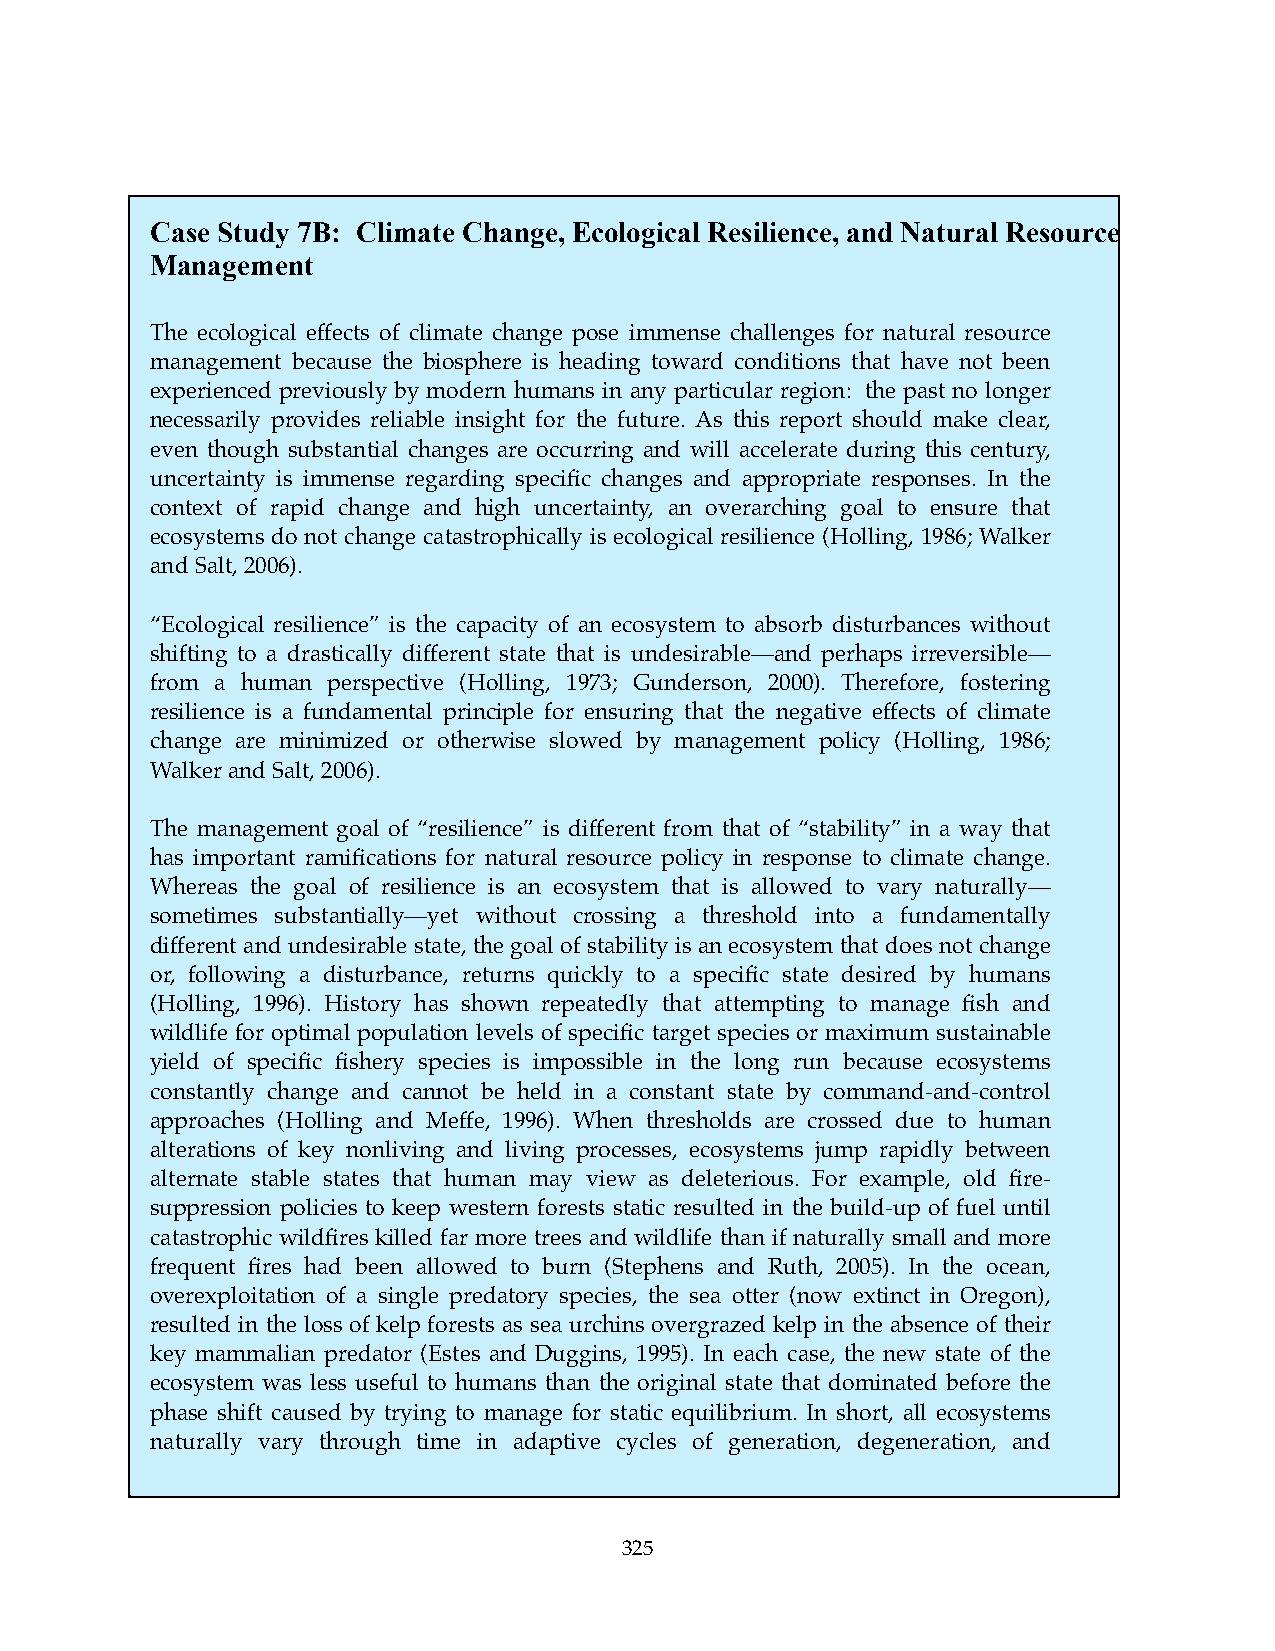
Case Study 7B: Climate Change, Ecological Resilience, and Natural Resource
 Management
 The ecological effects of climate change pose immense challenges for natural resource
 management because the biosphere is heading toward conditions that have not been
 experienced previously by modern humans in any particular region: the past no longer
 necessarily provides reliable insight for the future. As this report should make clear,
 even though substantial changes are occurring and will accelerate during this century,
 uncertainty is immense regarding specific changes and appropriate responses. In the
 context of rapid change and high uncertainty, an overarching goal to ensure that
 ecosystems do not change catastrophically is ecological resilience (Holling, 1986; Walker
 and Salt, 2006).
 “Ecological resilience” is the capacity of an ecosystem to absorb disturbances without
 shifting to a drastically different state that is undesirable—and perhaps irreversible—
 from a human perspective (Holling, 1973; Gunderson, 2000). Therefore, fostering
 resilience is a fundamental principle for ensuring that the negative effects of climate
 change are minimized or otherwise slowed by management policy (Holling, 1986;
 Walker and Salt, 2006).
 The management goal of “resilience” is different from that of “stability” in a way that
 has important ramifications for natural resource policy in response to climate change.
 Whereas the goal of resilience is an ecosystem that is allowed to vary naturally—
 sometimes substantially—yet without crossing a threshold into a fundamentally
 different and undesirable state, the goal of stability is an ecosystem that does not change
 or, following a disturbance, returns quickly to a specific state desired by humans
 (Holling, 1996). History has shown repeatedly that attempting to manage fish and
 wildlife for optimal population levels of specific target species or maximum sustainable
 yield of specific fishery species is impossible in the long run because ecosystems
 constantly change and cannot be held in a constant state by command-and-control
 approaches (Holling and Meffe, 1996). When thresholds are crossed due to human
 alterations of key nonliving and living processes, ecosystems jump rapidly between
 alternate stable states that human may view as deleterious. For example, old fire-
 suppression policies to keep western forests static resulted in the build-up of fuel until
 catastrophic wildfires killed far more trees and wildlife than if naturally small and more
 frequent fires had been allowed to burn (Stephens and Ruth, 2005). In the ocean,
 overexploitation of a single predatory species, the sea otter (now extinct in Oregon),
 resulted in the loss of kelp forests as sea urchins overgrazed kelp in the absence of their
 key mammalian predator (Estes and Duggins, 1995). In each case, the new state of the
 ecosystem was less useful to humans than the original state that dominated before the
 phase shift caused by trying to manage for static equilibrium. In short, all ecosystems
 naturally vary through time in adaptive cycles of generation, degeneration, and
 325